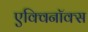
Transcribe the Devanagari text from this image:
एक्विनॉक्स